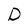
Character: D